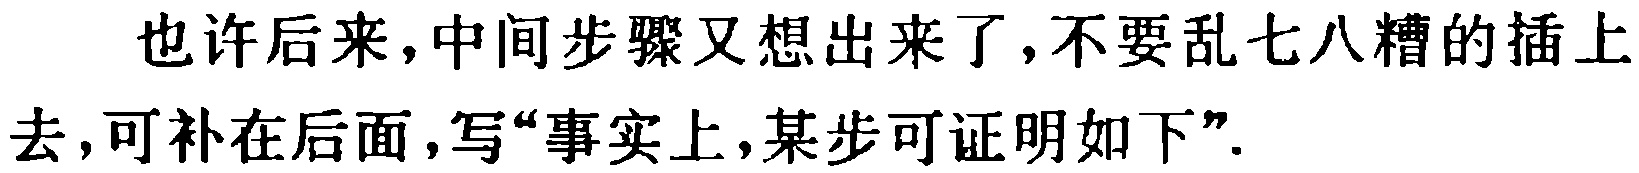
也许后来,中间步骤又想出来了,不要乱七八糟的插上去,可补在后面,写“事实上,某步可证明如下”.